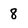
Character: 8